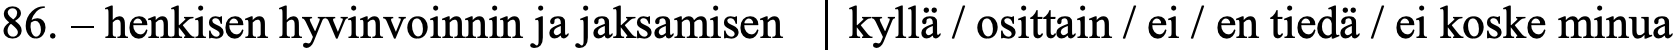
86. – henkisen hyvinvoinnin ja jaksamisen kyllä / osittain / ei / en tiedä / ei koske minua